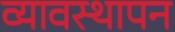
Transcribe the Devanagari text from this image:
व्यावस्थापन